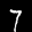
Label: 7